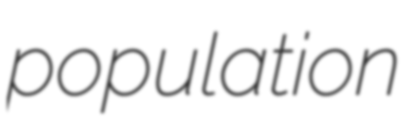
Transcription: population